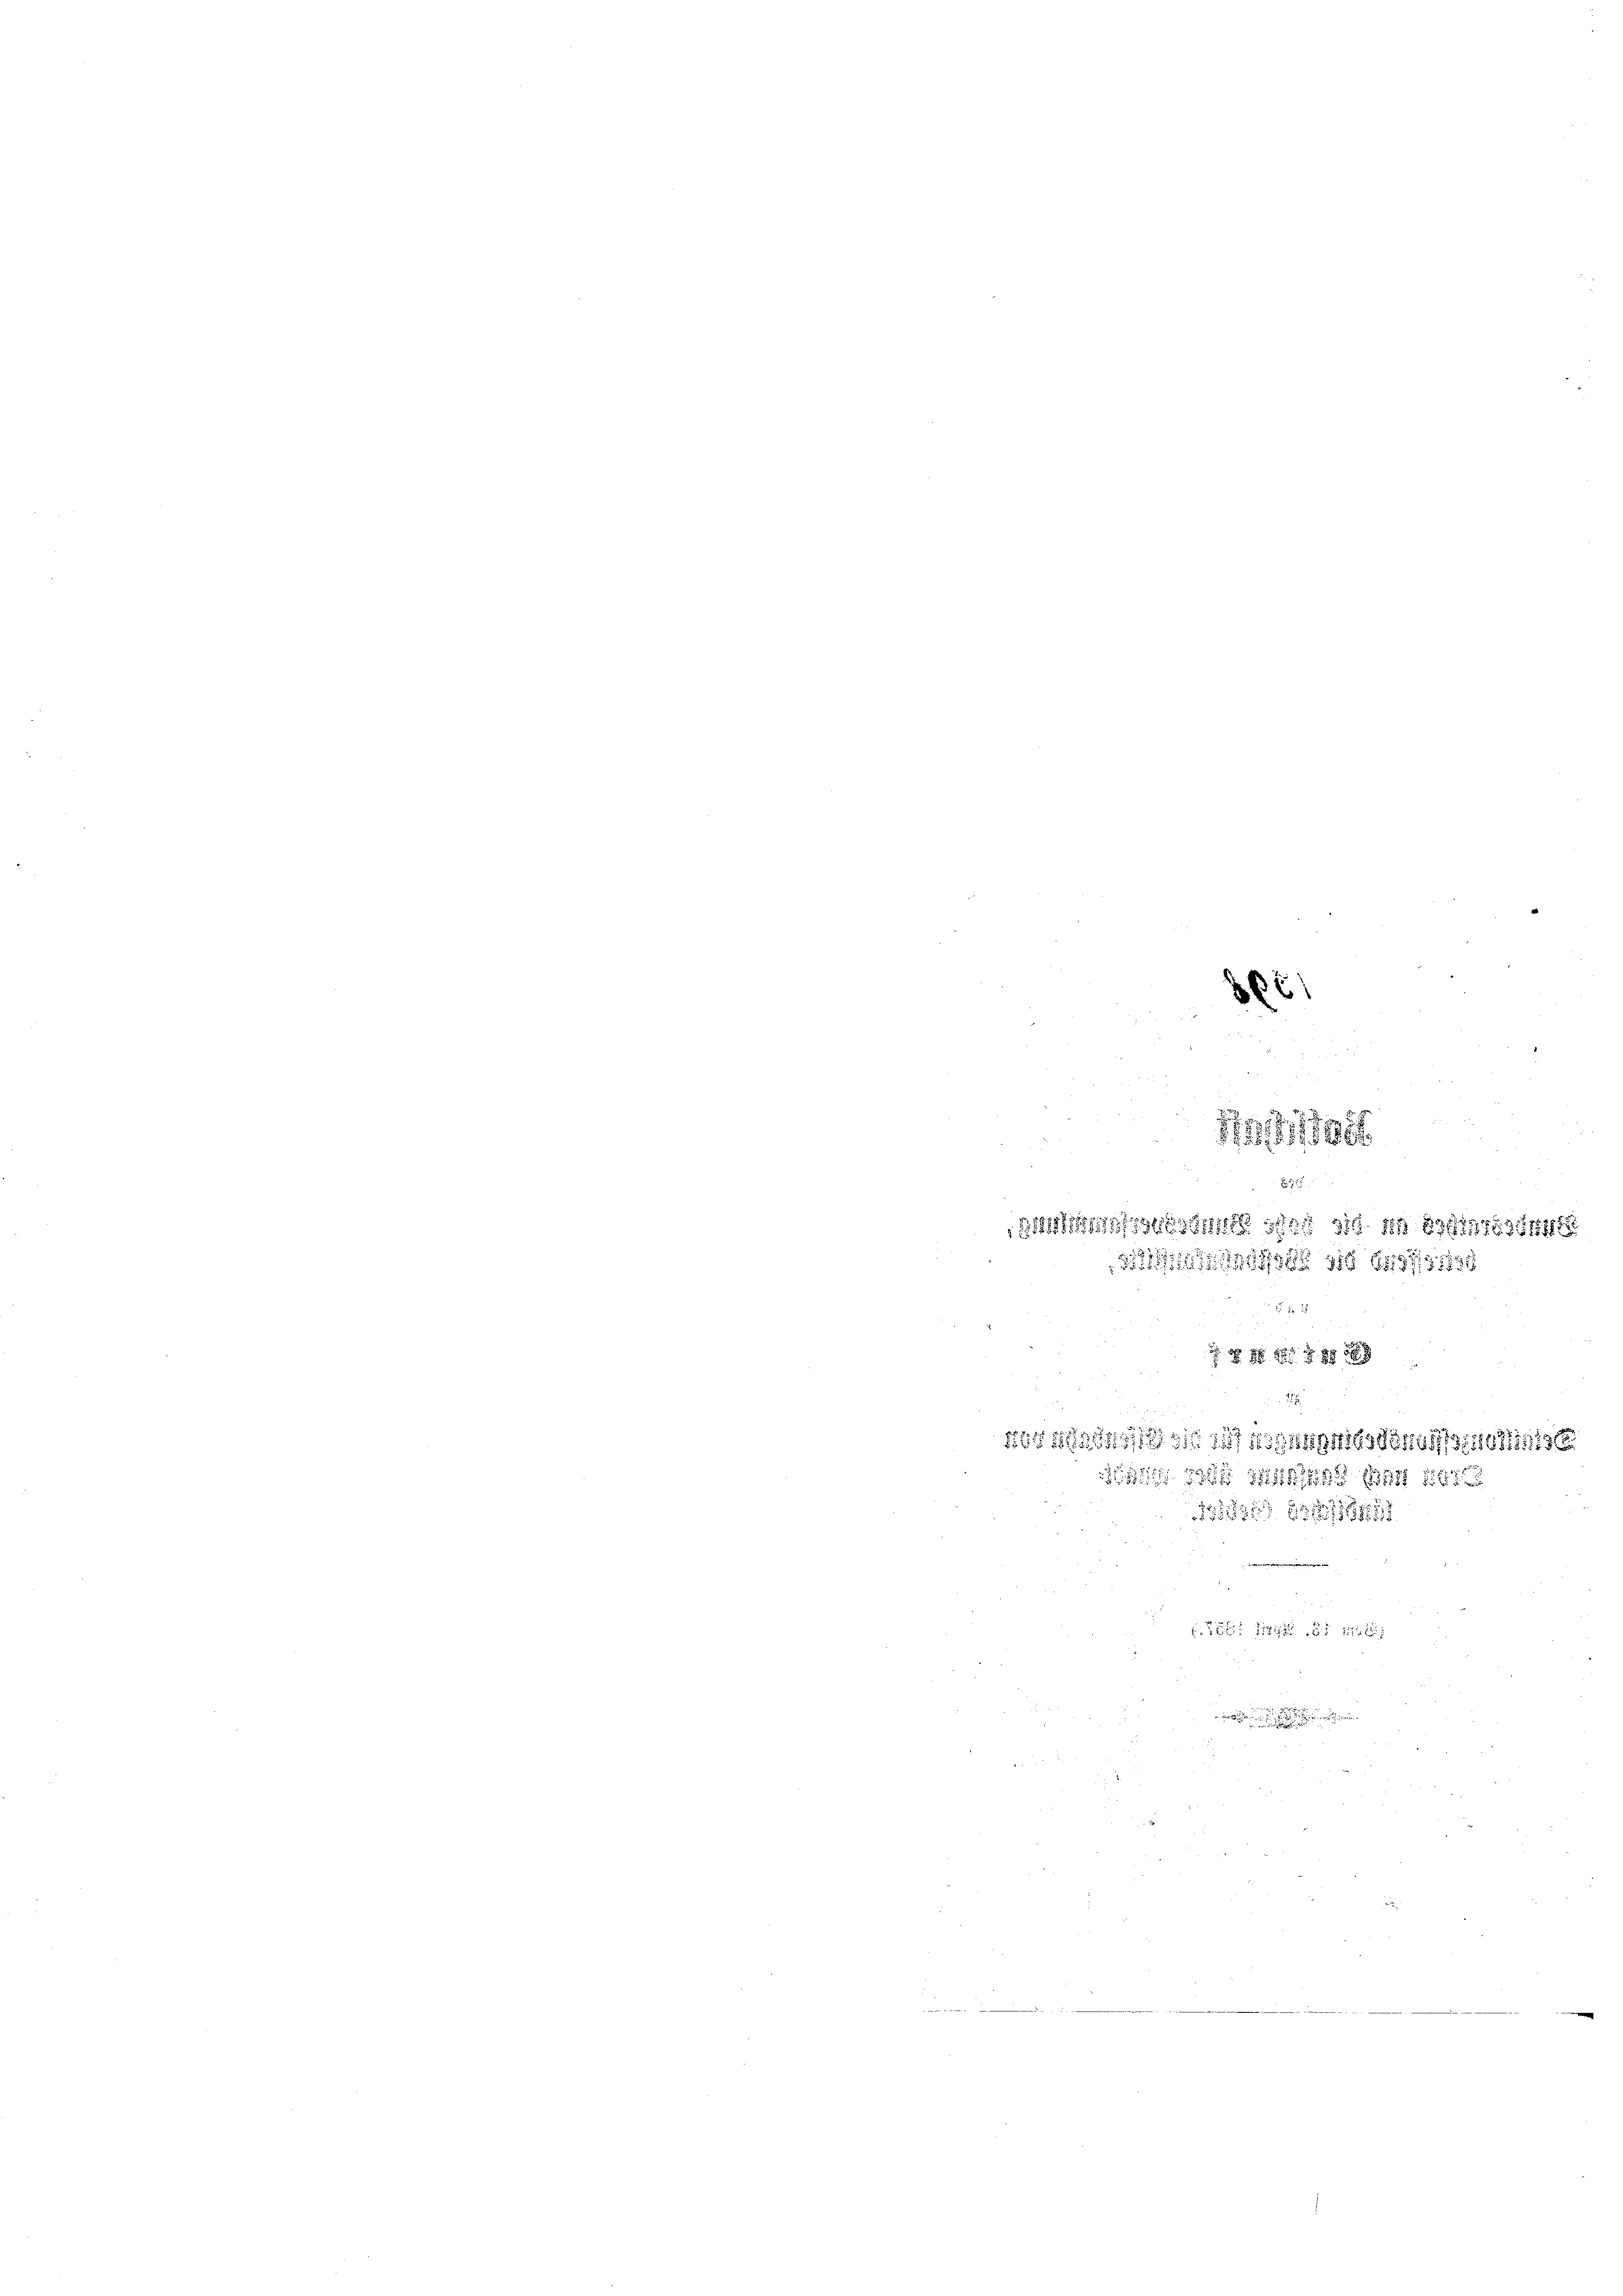
d
3661

11
30/12 889/11/1891/11/1
11/11/1891

2
1551/4/49/11/11/11/11/1196
 486
1884
2 11 24 x

16,878.